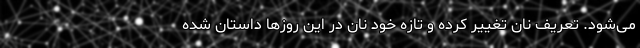
می‌شود. تعریف نان تغییر کرده و تازه خود نان در این روزها داستان شده